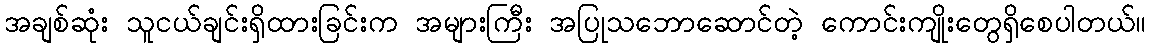
အချစ်ဆုံး သူငယ်ချင်းရှိထားခြင်းက အများကြီး အပြုသဘောဆောင်တဲ့ ကောင်းကျိုးတွေရှိစေပါတယ်။